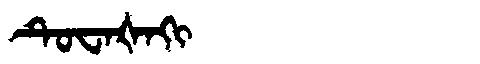
Manchu: ᡨᡠᠸᠠᡧᠠᡴᡳ
Romanization: TUWAŠAKI